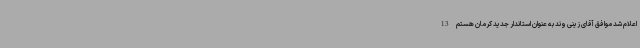
اعلام شد موافق آقای زینی وند به عنوان استاندار جدید کرمان هستم 13